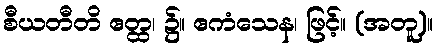
စီယတီတိ ဧတ္ထ၊ ၌။ ဧကံသေန၊ ဖြင့်။ (အတူ)။